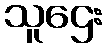
သူဌေး